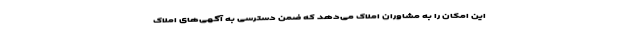
این امکان را به مشاوران املاک می‌دهد که ضمن دسترسی به آگهی‌های املاک